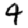
Digit: 4